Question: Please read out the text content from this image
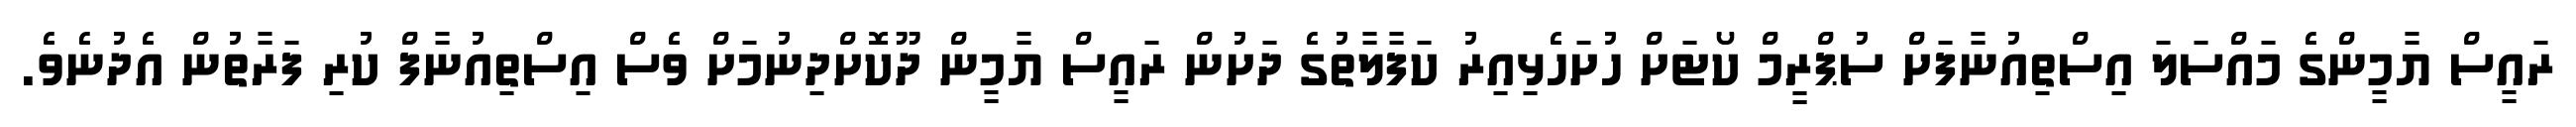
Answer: ރައީސް ޔާމީންގެ މައްސަލަ އިސްތިއުނާފަށް ސުޕްރީމް ކޯޓަށް ހުށަހެޅިއިރު ކަފާލާތުގެ ދަށުން ރައީސް ޔާމީން ދޫކޮށްދިނުމަށް ވެސް އިސްތިއުނާފް ކުރި ފަރާތުން އެދުނެވެ.